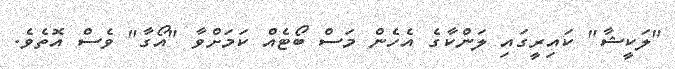
"ލަކީޝާ" ކައިރީގައި ލަންކާގެ އެހެން މަސް ބޯޓެއް ކަމަށްވާ "އޯގާ" ވެސް އޮތެވެ.